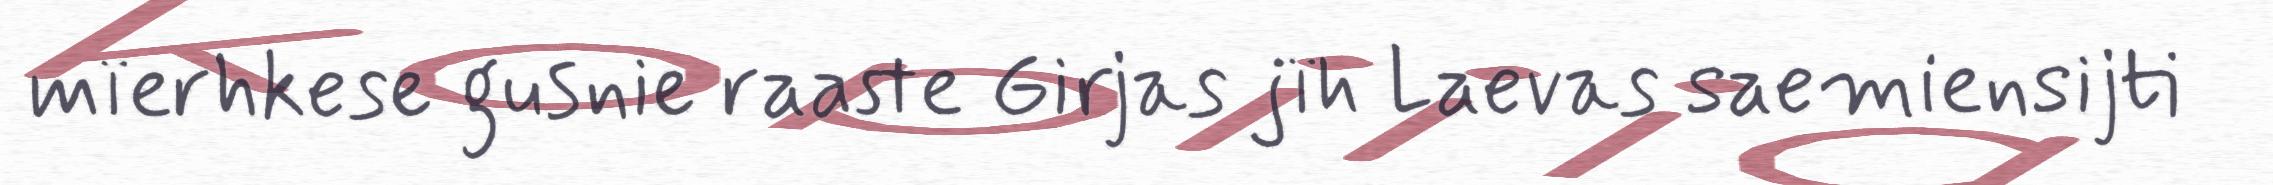
mïerhkese gusnie raaste Girjas jïh Laevas saemiensijti